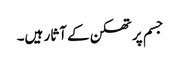
جسم پر تھکن کے آثار ہیں۔